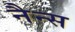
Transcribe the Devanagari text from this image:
नैन्स